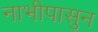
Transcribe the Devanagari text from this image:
नाभीपासुन